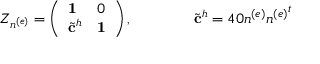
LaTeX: Z _ { n ^ { ( e ) } } = \left( \begin{array} { l l } { { { \bf 1 } } } & { { 0 } } \\ { { { { \tilde { \bf c } } ^ { h } } } } & { { { \bf 1 } } } \end{array} \right) , \qquad \qquad { \tilde { \bf c } } ^ { h } = 4 0 n ^ { ( e ) } { n ^ { ( e ) } } ^ { t }